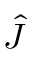
\hat { J }